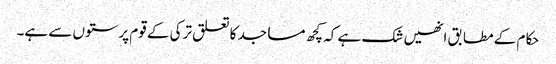
حکام کے مطابق انھیں شک ہے کہ کچھ مساجد کا تعلق ترکی کے قوم پرستوں سے ہے۔